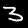
Label: 3